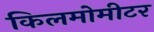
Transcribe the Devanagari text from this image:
किलमोमीटर